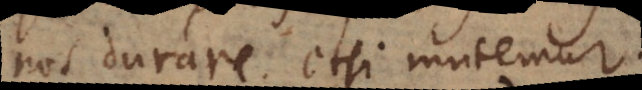
nos durare etsi mutemur.